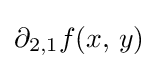
\partial _{2,1}f(x,\,y)